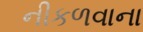
નીકળવાના